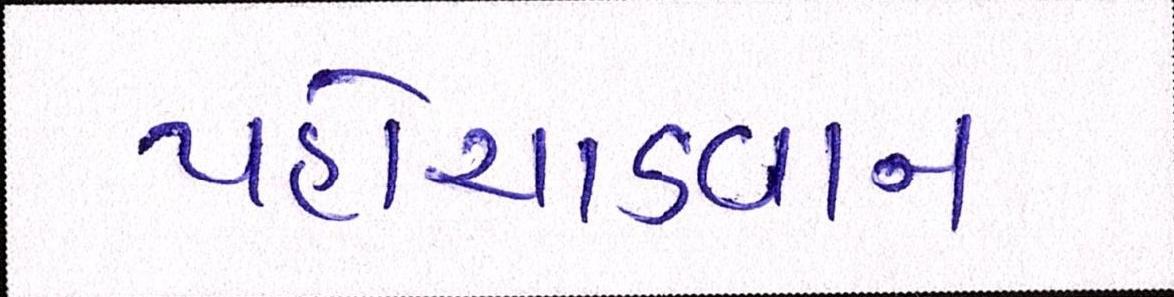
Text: પહોંચાડવાના